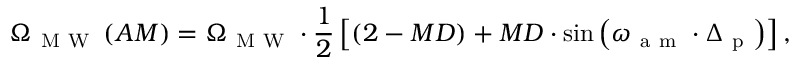
\Omega _ { \mathrm { ~ M ~ W ~ } } \left( A M \right) = \Omega _ { \mathrm { ~ M ~ W ~ } } \cdot \frac { 1 } { 2 } \left[ \left( 2 - M D \right) + M D \cdot \sin \left( \omega _ { \mathrm { ~ a ~ m ~ } } \cdot \Delta _ { \mathrm { ~ p ~ } } \right) \right] ,